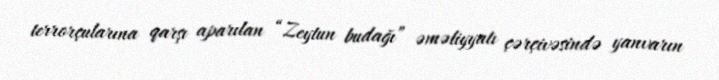
terrorçularına qarşı aparılan “Zeytun budağı” əməliyyatı çərçivəsində yanvarın